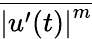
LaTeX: \overline{{{\vert u^{\prime}(t)\vert}^{m}}}